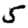
Digit: 5